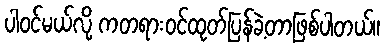
ပါဝင်မယ်လို့ ကတရားဝင်ထုတ်ပြန်ခဲ့တာဖြစ်ပါတယ်။